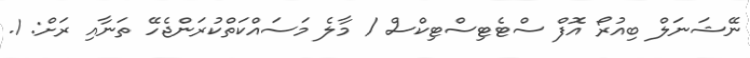
ނޭޝަނަލް ބިއުރޯ އޮފް ސްޓެޓިސްޓިކްސް / މާލެ މަސައްކަތްކުރަންޖެހޭ ތަނާއި ރަށް: 1.